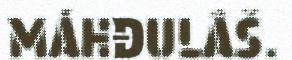
MÁHĐULÂŠ.